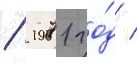
/ 1971 го́д /